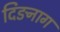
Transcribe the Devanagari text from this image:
दिङनाग